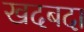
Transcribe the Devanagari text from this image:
खदबदा